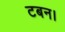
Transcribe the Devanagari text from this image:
टबन।